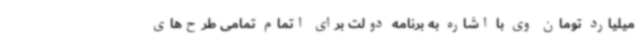
میلیارد تومان وی با اشاره به برنامه دولت برای اتمام تمامی طرح‌های